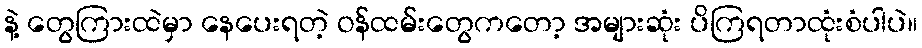
နဲ့ တွေကြားထဲမှာ နေပေးရတဲ့ ဝန်ထမ်းတွေကတော့ အများဆုံး ပိကြရတာထုံးစံပါပဲ။